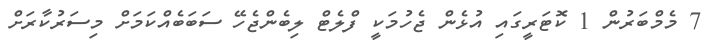
7 މެމްބަރުން 1 ކޮޓަރީގައި އުޅެން ޖެހުމަކީ ފްލެޓް ލިބެންޖެހޭ ސަބަބެއްކަމަށް މިސަރުކާރަށް